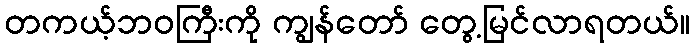
တကယ့်ဘဝကြီးကို ကျွန်တော် တွေ့မြင်လာရတယ်။